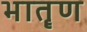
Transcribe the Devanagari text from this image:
भातॄण